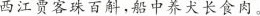
西江贾客珠百斛，船中养犬长食肉。